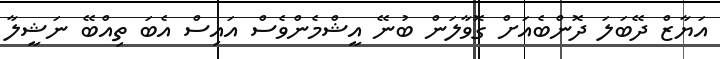
އަޔާޒް ދޭބަލަ ދޮންބެއަށް ގޮވާލަން ބުނޭ އީޝްމެންވެސް އައިސް އެބަ ތިއްބޭ ނަޝީލާ